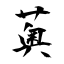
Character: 薁